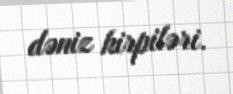
dəniz kirpiləri.